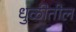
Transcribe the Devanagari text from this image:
धुळीतील